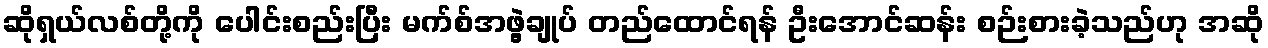
ဆိုရှယ်လစ်တို့ကို ပေါင်းစည်းပြီး မက်စ်အဖွဲ့ချုပ် တည်ထောင်ရန် ဦးအောင်ဆန်း စဉ်းစားခဲ့သည်ဟု အဆို